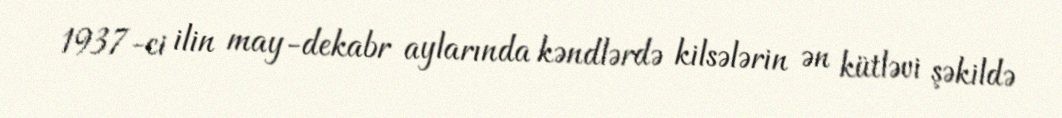
1937-ci ilin may-dekabr aylarında kəndlərdə kilsələrin ən kütləvi şəkildə